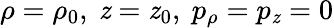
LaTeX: \rho=\rho_{0},\ \mathit{z}=\mathit{z}_{0},\ p_{\rho}=p_{\mathit{z}}=0